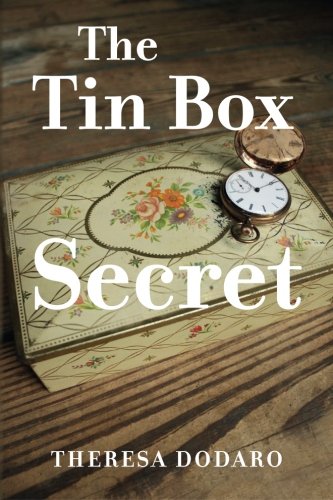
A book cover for The Tin Box Secret (The Tin Box Trilogy) (Volume 1); Theresa Dodaro; Teen & Young Adult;